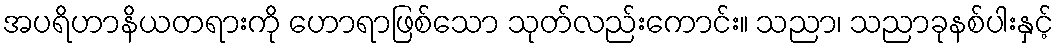
အပရိဟာနိယတရားကို ဟောရာဖြစ်သော သုတ်လည်းကောင်း။ သညာ၊ သညာခုနစ်ပါးနှင့်